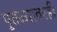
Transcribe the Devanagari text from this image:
पुतळ्यावरही